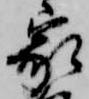
家